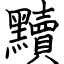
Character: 黷